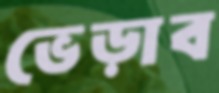
ভেড়াব